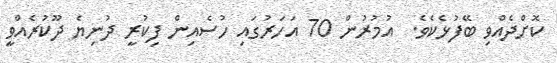
ކޮށްދެއްވި ބޭފުޅެކެވެ.  އުމުރުން 70 އަހަރުގައި ހުސެއިން ފިކުރީ ދުނިޔެ ދޫކުރެއްވީ